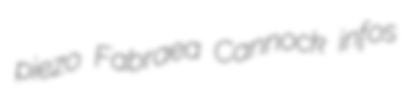
piezo Fabraea Cannock infos